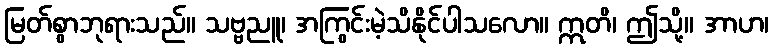
မြတ်စွာဘုရားသည်။ သဗ္ဗညူ၊ အကြွင်းမဲ့သိနိုင်ပါသလော။ ဣတိ၊ ဤသို့။ အာဟ၊